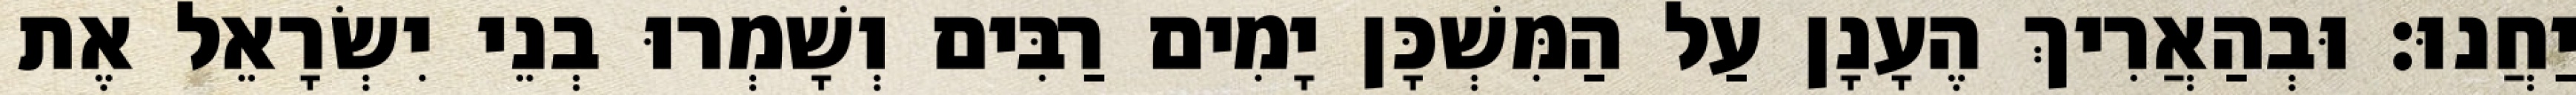
יַחֲנוּ׃ וּבְהַאֲרִיךְ הֶעָנָן עַל הַמִּשְׁכָּן יָמִים רַבִּים וְשָׁמְרוּ בְנֵי יִשְׂרָאֵל אֶת